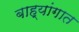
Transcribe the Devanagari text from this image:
बाह्यांगात